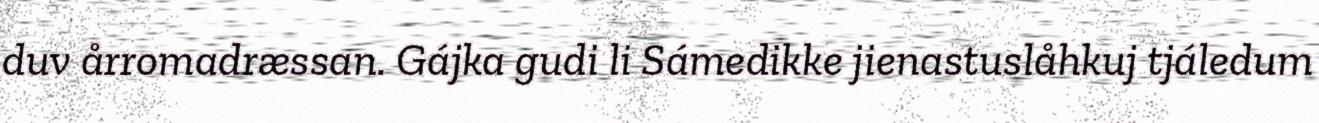
duv årromadræssan. Gájka gudi li Sámedikke jienastuslåhkuj tjáledum